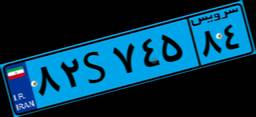
۸۲S۷۴۵۸۴